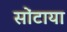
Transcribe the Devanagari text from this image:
सोंटाया